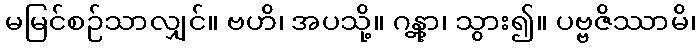
မမြင်စဉ်သာလျှင်။ ဗဟိ၊ အပသို့။ ဂန္တွာ၊ သွား၍။ ပဗ္ဗဇိဿာမိ၊